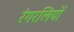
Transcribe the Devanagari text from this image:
रंगरलियों